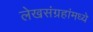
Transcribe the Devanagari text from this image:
लेखसंग्रहांमध्ये